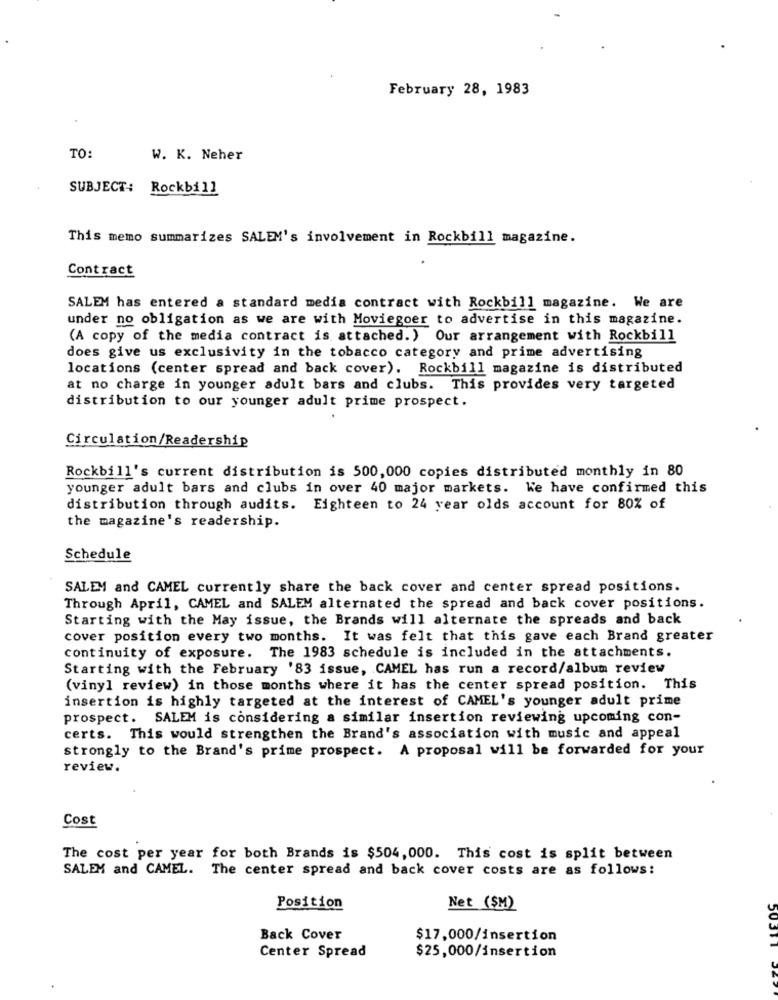
February 28, 1983
TO:
W. K. Neher
SUBJECT:
Rockbill
This memo summarizes SALEM's involvement in Rockbill magazine.
Contract
SALEM has entered a standard media contract with Rockbill magazine. We are
under no obligation as we are with Moviegoer to advertise in this magazine.
(A copy of the media contract is attached. ) Our arrangement with Rockbill
does give us exclusivity in the tobacco category and prime advertising
locations (center spread and back cover). Rockbill magazine is distributed
at no charge in younger adult bars and clubs. This provides very targeted
distribution to our younger adult prime prospect.
Circulation/Readership
Rockbill's current distribution is 500,000 copies distributed monthly in 80
younger adult bars and clubs in over 40 major markets. ke have confirmed this
distribution through audits. Eighteen to 24 year olds account for 80% of
the magazine's readership.
Schedule
SALEM and CAMEL currently share the back cover and center spread positions.
Through April, CAMEL and SALEM alternated the spread and back cover positions.
Starting with the May issue, the Brands will alternate the spreads and back
cover position every two months. It was felt that this gave each Brand greater
continuity of exposure. The 1983 schedule is included in the attachments.
Starting with the February '83 issue, CAMEL has run a record/album review
(vinyl review) in those months where it has the center spread position. This
insertion is highly targeted at the interest of CAMEL's younger adult prime
prospect.
SALEM is considering a similar insertion reviewing upcoming con-
certs. This would strengthen the Brand's association with music and appeal
strongly to the Brand's prime prospect. A proposal will be forwarded for your
review.
Cost
The cost per year for both Brands is $504, 000. This cost is split between
SALEM and CAMEL. The center spread and back cover costs are as follows:
Position
Net ($M)
Back Cover
$17,000/insertion
$25,000/insertion
Center Spread